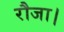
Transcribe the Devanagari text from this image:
रौजा।